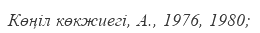
Көңіл көкжиегі, А., 1976, 1980;